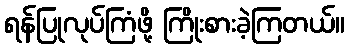
ရန်ပြုလုပ်ကြံဖို့ ကြိုးစားခဲ့ကြတယ်။